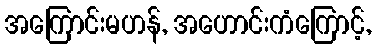
အကြောင်းမဟန်, အဟောင်းကံကြောင့်,